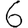
Digit: 6